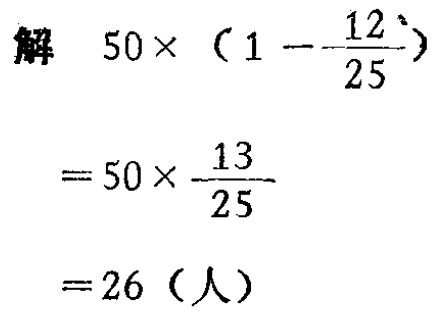
\[

\begin{align*}

&解\quad50\times(1 - \frac{12}{25})\\

&=50\times\frac{13}{25}\\

&= 26（人）

\end{align*}

\]